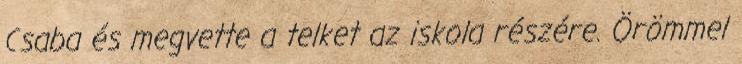
Csaba és megvette a telket az iskola részére. Örömmel